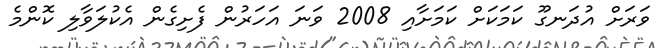
ވަރަށް އުދަނގޫ ކަމަކަށް ކަމަށާއި 2008 ވަނަ އަހަރުން ފެށިގެން އެކުލަވާލި ކޮންމެ